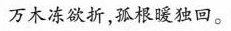
万木冻欲折，孤根暖独回。